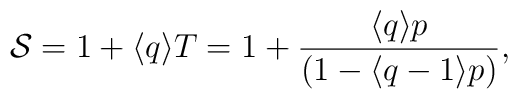
\protect{\cal{S}} = 1 + \langle q \rangle T = 1 + {\frac{\langle q\rangle p}{(1 - \langle q-1\rangle p)}},